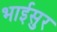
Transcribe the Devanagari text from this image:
भाईसुर